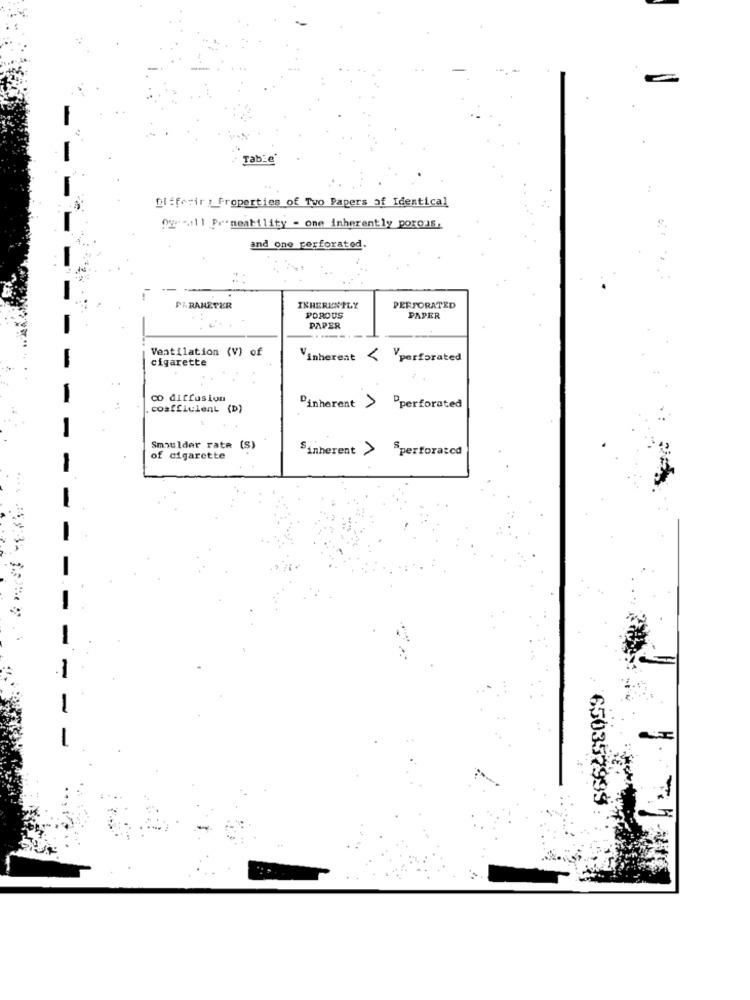
-
Table
Dlfferir : Properties of Two Papers of Identical
Ogall Preneability - one inherently porous,
and one perforated.
PARAMETER
INHERENTLY
PERFORATED
POROUS
PAPER
PAPER
Ventilation (V) of
cigarette
Vinherent { "perforated
co diffusion
cosfficient (D)
"inherent > Pperforated
Smoulder rate (S)
Sinherent > Sperforated
of cigarette
-
-
650357999